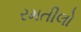
રમતીલો